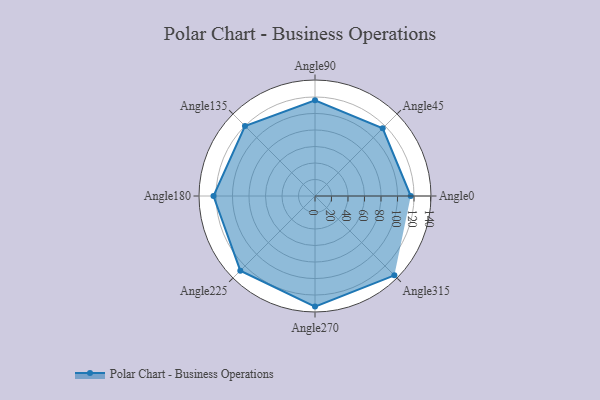
{"axis": {"x": "Angle", "y": "Radius"}, "legend": [""], "data": [{"x": "Angle0", "y": 116.0, "type": ""}, {"x": "Angle45", "y": 116.0, "type": ""}, {"x": "Angle90", "y": 116.0, "type": ""}, {"x": "Angle135", "y": 120.0, "type": ""}, {"x": "Angle180", "y": 123.0, "type": ""}, {"x": "Angle225", "y": 128.0, "type": ""}, {"x": "Angle270", "y": 134.0, "type": ""}, {"x": "Angle315", "y": 136.0, "type": ""}]}